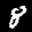
Label: 8